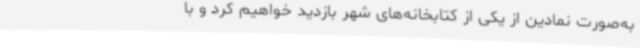
به‌صورت نمادین از یکی از کتابخانه‌های شهر بازدید خواهیم کرد و با